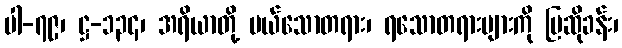
ပါ-၇၉၊ ဋ္ဌ-၁၃၄၊ အရိယာတို့ ပယ်သောတရား၊ ရသောတရားများကို ပြဆိုခန်း၊